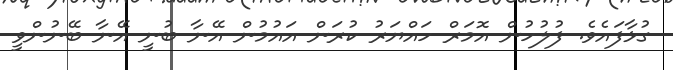
ގުޅާފައެވެ. ފުލުހުން އޮމަރް ހައްޔަރު ކުރަން އައުމުން އޭނާ ބުނީ އޭނާ ބޭނުންވީ